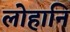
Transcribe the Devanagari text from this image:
लोहानि